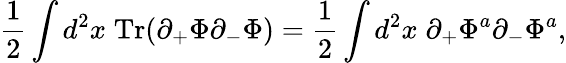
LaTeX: \frac{1}{2}\int d^{2}x\; \mathrm{Tr}(\partial_{+}\Phi\partial_{-}\Phi)=\frac{1}{2}\int d^{2}x\; \partial_{+}\Phi^{a}\partial_{-}\Phi^{a},